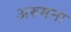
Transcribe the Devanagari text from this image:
अरुमना